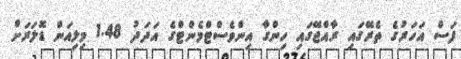
ފަސް އަހަރުގެ ތެރޭގައި ރާއްޖޭގައި ހިންގާ އިންވެސްޓްމެންޓްގެ އަދަދު 1.48 މިލިއަން ޑޮލަރަށް